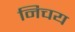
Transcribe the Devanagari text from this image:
निचय